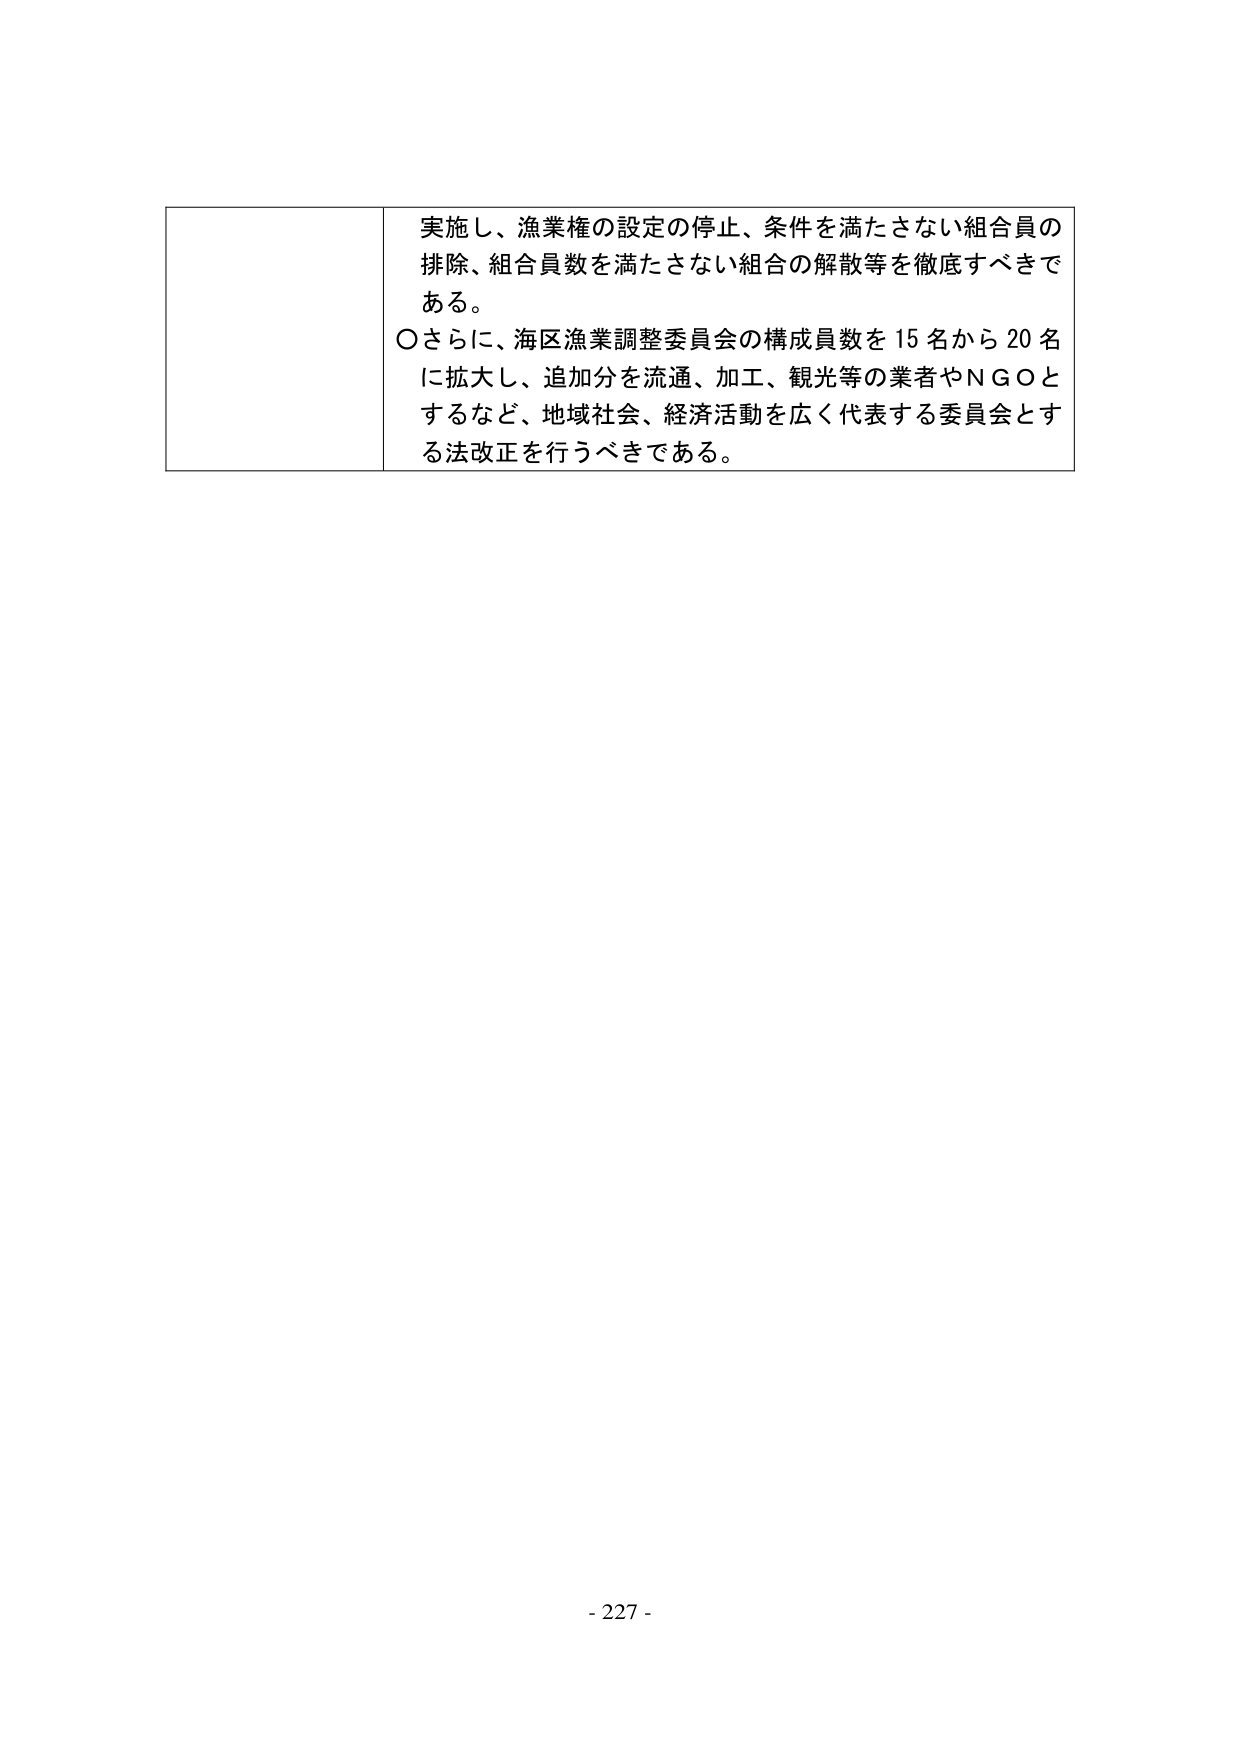
実施し、漁業権の設定の停止、条件を満たさない組合員の
排除、組合員数を満たさない組合の解散等を徹底すべきで
ある。
〇さらに、海区漁業調整委員会の構成員数を15名から20名
に拡大し、追加分を流通、加工、観光等の業者やＮＧＯと
するなど、地域社会、経済活動を広く代表する委員会とす
る法改正を行うべきである。
- 227 -